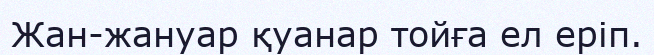
Жан-жануар қуанар тойға ел еріп.